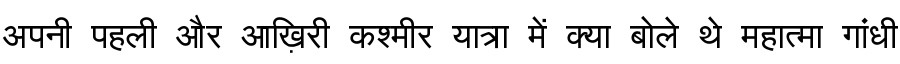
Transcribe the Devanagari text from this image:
अपनी पहली और आख़िरी कश्मीर यात्रा में क्या बोले थे महात्मा गांधी